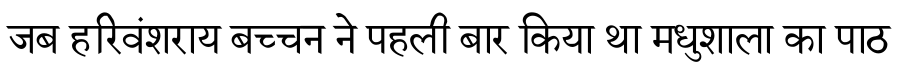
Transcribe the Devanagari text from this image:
जब हरिवंशराय बच्चन ने पहली बार किया था मधुशाला का पाठ